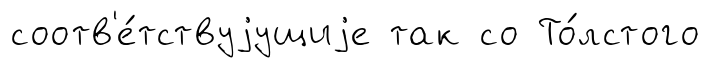
соотв'е́тствуjущиjе так со То́лстого